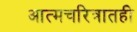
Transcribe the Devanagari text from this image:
आत्मचरित्रातही